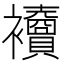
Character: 𧟎